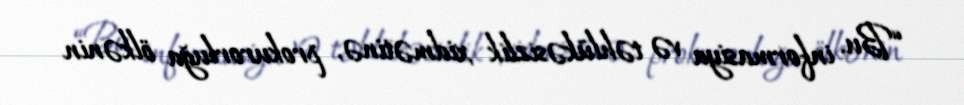
“Bu, informasiya və təhlükəsizlik xidmətinə, prokurorluğa ölkənin